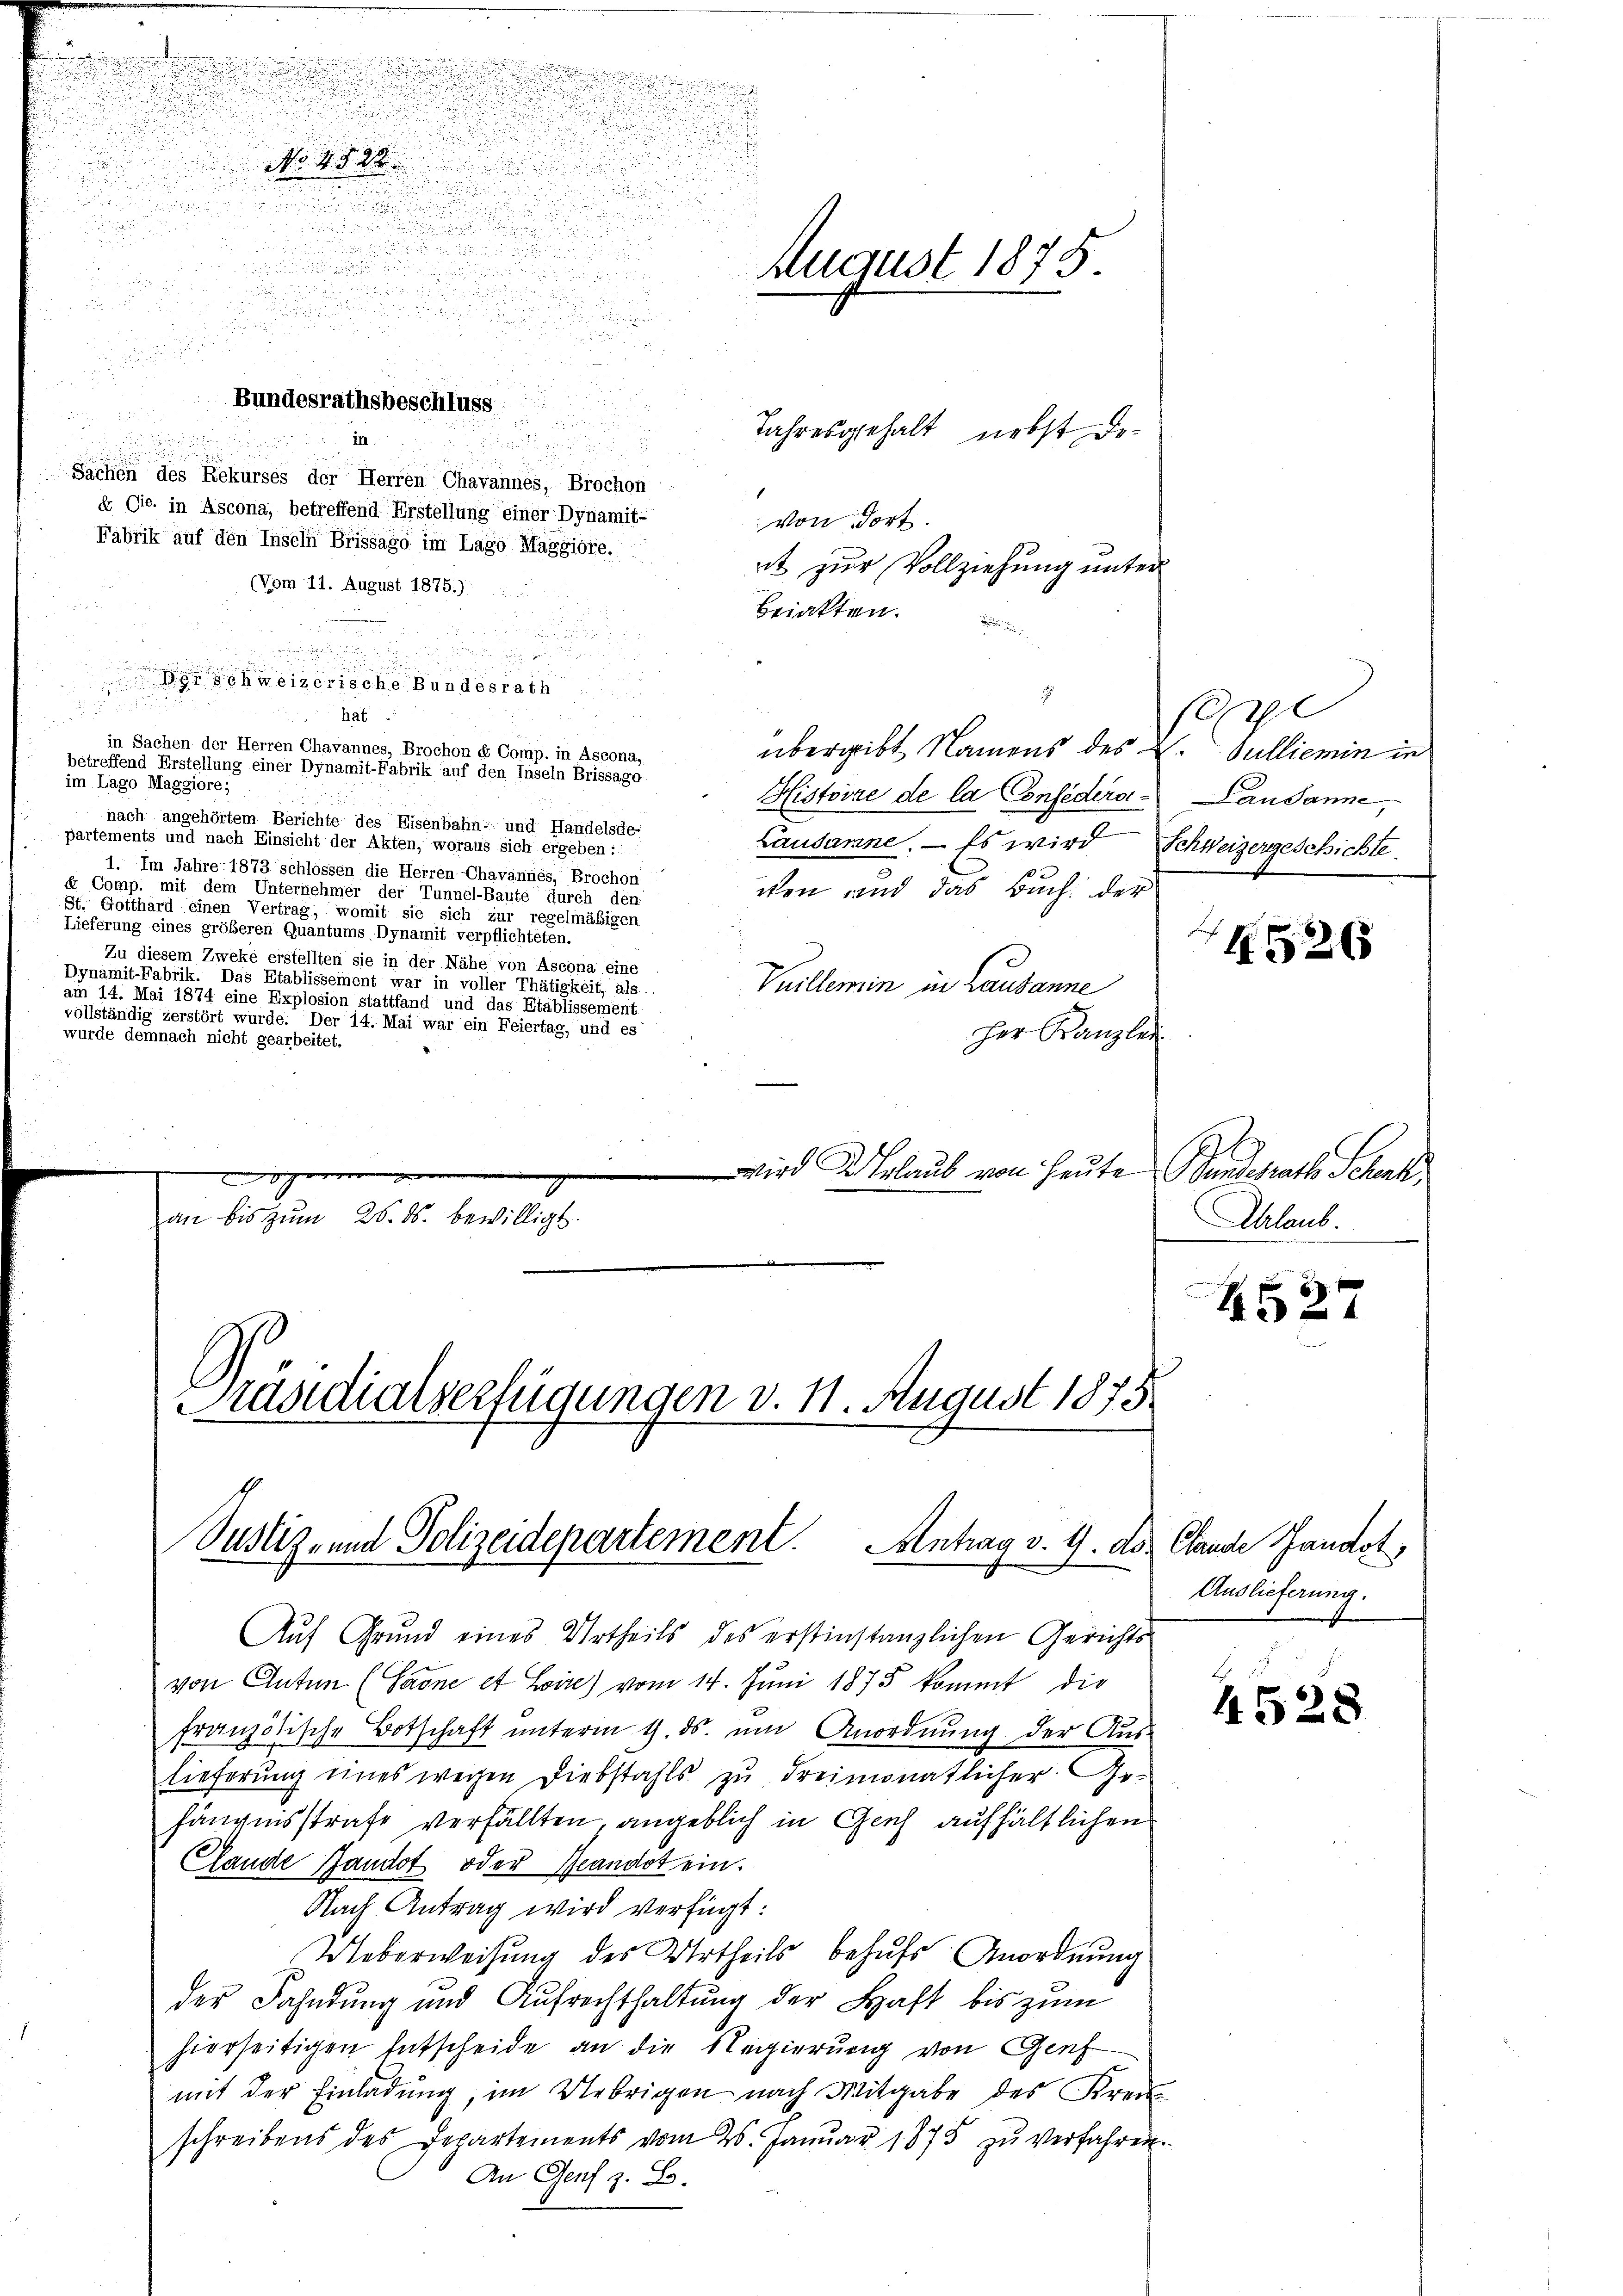
.

s

n
.

Jahresgehalt nebst De-

von dort.
it zur Vollziehung unter
(Vom 11. August 1875.)
Briakten.

.

d
.
.

haf
in Sachen der Herren Chavannes, Brochon et Comp. in Ascona,
übergibt Namens des
betreffend Erstellung einer Dynamit-Fabrik auf den Inseln Brissago
im Lago Maggiore;
Histoire de la Confedera
nach angehörtem Berichte des Eisenbahn- und Handelsde-
partements und nach Einsicht der Akten, woraus sich ergeben:
Lausanne. — Es wird Schweizergeschichte.
1. Im Jahre 1873 schlossen die Herren Chavannes, Brochon
x Comp. mit dem Unternehmer der Tunnel-Baute durch den
cken und das Buch der
St. Gotthard einen Vertrag, womit sie sich zur regelmäßigen
Lieferung eines größeren Quantums Dynamit verpflichteten.
Zu diesem Zweke erstellten sie in der Nähe von Ascona eine
Dynamit-Fabrik. Das Etablissement war in voller Thätigkeit, als
Vuillemin in Lausanne
am 14. Mai 1874 eine Explosion stattfand und das Etablissement
vollständig zerstört wurde. Der 14. Mai war ein Feiertag, und es
Her Kanzlei
wurde demnach nicht gearbeitet.
n
wird Urlaub von Heute Bundesrath Schenk
g
an bis zŭm 25. ds. bewilligt.
Präsidialverfügungen v. 11. August 1875

.
No 13.
.
u

u

 die eine

August 1875.

u

Wer schweizerische Bundesrath

Sachen des Rekurses der Herren Chavannes, Brochon
& Cie. in Ascona, betreffend Erstellung einer Dynamit-
Fabrik auf den Inseln Brissago im Lago Maggiore.

Bundesrathsbeschluss

in.

Justiz- und Polizeidepartement. Antrag v. 4. ds.

Auf Grund eines Urtheils des erstinstanzlichen Gerichts
von Anten (Saone et Lire) vom 14. Juni 1875 kommt die
französische Botschaft unterm 1. ds. um Anordnung der Aus
lieferung eines wegen Diebstahls zu dreimonatlicher Ge-
fängensstrafe verfällten angeblich in Geich aufhältlichen
Clande Zandot oder Beandot ein.
Nach Antrag wird verfügt:
Ueberweisung des Urtheils behufs Anordnung
der Fahndung und Aufrechthaltung der Haft bis zum
hierseitigen Entscheide an die Regierung von Genf
mit der Einladung im Uebrigen nach Mitgabe des Kreis
schreibens des Departements vom 26. Januar 1875 zu verfahren.
An Genf z. B.

s
Sulliemin in
Lausanne,

4526

Chrlaub.

4527

Clande Handot,
Auslieferung.

4528